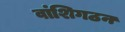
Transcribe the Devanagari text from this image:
वांशिगठन